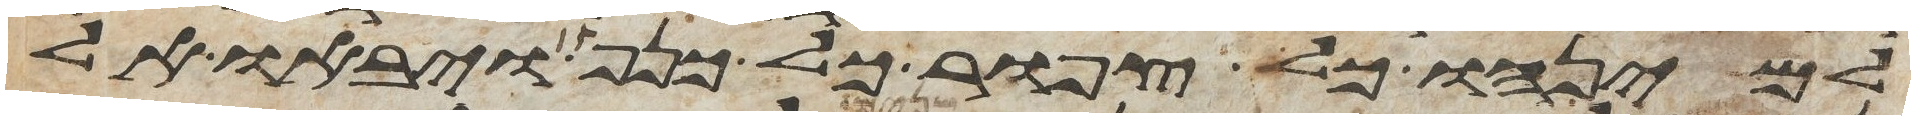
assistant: למינהו כל צפור כל כנף ויבאו אל